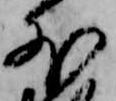
外